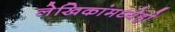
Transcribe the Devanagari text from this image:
लेखिकांमध्येही